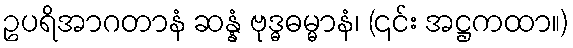
ဥပရိအာဂတာနံ ဆန္နံ ဗုဒ္ဓဓမ္မာနံ၊ (၎င်း အဋ္ဌကထာ။)